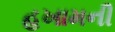
હખામની